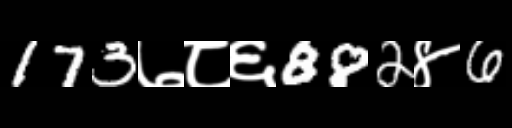
Text: 173७८६882४6